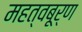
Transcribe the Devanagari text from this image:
महत्वबूर्ण